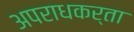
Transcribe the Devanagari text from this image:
अपराधकर्ता